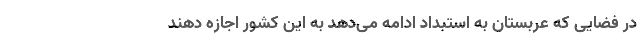
در فضایی که عربستان به استبداد ادامه می‌دهد به این کشور اجازه دهند